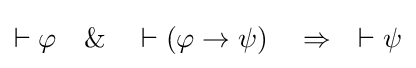
\vdash \varphi \quad \&\quad \vdash (\varphi \rightarrow \psi )\quad \Rightarrow \quad \vdash \psi